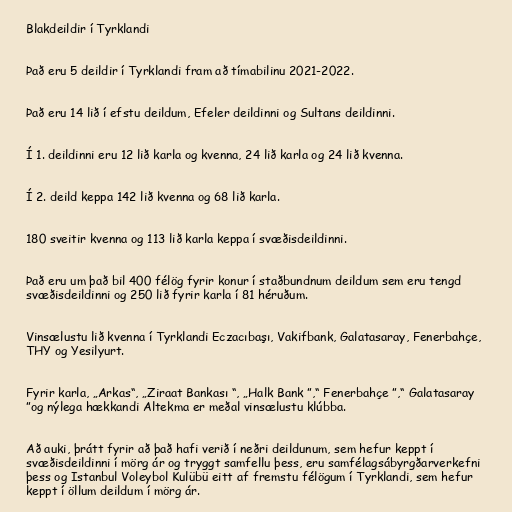
Blakdeildir í Tyrklandi

Það eru 5 deildir í Tyrklandi fram að tímabilinu 2021-2022.

Það eru 14 lið í efstu deildum, Efeler deildinni og Sultans deildinni.

Í 1. deildinni eru 12 lið karla og kvenna, 24 lið karla og 24 lið kvenna.

Í 2. deild keppa 142 lið kvenna og 68 lið karla.

180 sveitir kvenna og 113 lið karla keppa í svæðisdeildinni.

Það eru um það bil 400 félög fyrir konur í staðbundnum deildum sem eru tengd
svæðisdeildinni og 250 lið fyrir karla í 81 héruðum.

Vinsælustu lið kvenna í Tyrklandi Eczacıbaşı, Vakifbank, Galatasaray, Fenerbahçe,
THY og Yesilyurt.

Fyrir karla, „Arkas“, „Ziraat Bankası “, „Halk Bank ”,“ Fenerbahçe ”,“ Galatasaray
”og nýlega hækkandi Altekma er meðal vinsælustu klúbba.

Að auki, þrátt fyrir að það hafi verið í neðri deildunum, sem hefur keppt í
svæðisdeildinni í mörg ár og tryggt samfellu þess, eru samfélagsábyrgðarverkefni
þess og Istanbul Voleybol Kulübü eitt af fremstu félögum í Tyrklandi, sem hefur
keppt í öllum deildum í mörg ár.